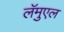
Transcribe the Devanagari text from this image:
लॅमुएल